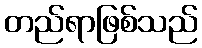
တည်ရာဖြစ်သည်